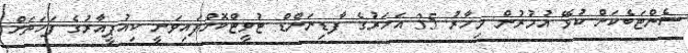
ސެންޓަބެކަށް ކުޅޭ އުމުރުން މިހާރު 35 އަހަރުގެ ފާޑިނަންޑް ޓުވީޓްކޮށްފައިވަނީ ކިއުޕީއާރުގެ ފަހަތަށް